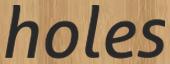
holes